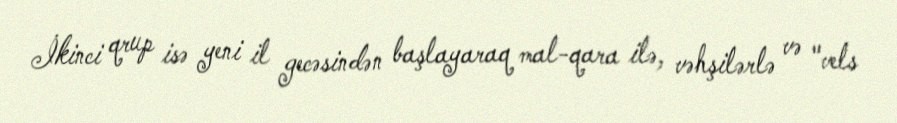
İkinci qrup isə yeni il gecəsindən başlayaraq mal-qara ilə, vəhşilərlə və "vels